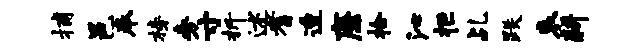
捕邑奉榜旁寸折述耆透廉拾沁拒乩跌哀耕